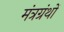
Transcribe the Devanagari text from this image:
मंत्रग्रंथों